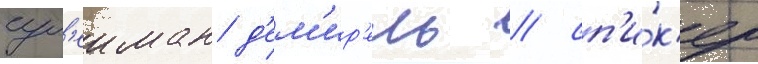
сул'еиман д'ем'ир'ель / сп'и́к'ер